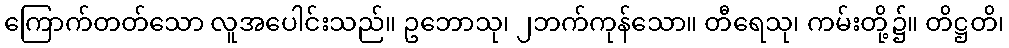
ကြောက်တတ်သော လူအပေါင်းသည်။ ဥဘောသု၊ ၂ဘက်ကုန်သော။ တီရေသု၊ ကမ်းတို့၌။ တိဋ္ဌတိ၊